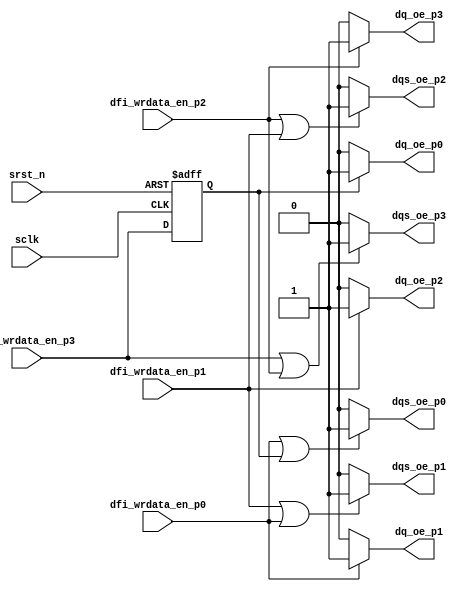
//OE STAYS HIGH FOR 1 EXTRA PHASE
module DQ_DQS_OE_GLUE_LOGIC (
    input  sclk,
    input  srst_n,
    input  dfi_wrdata_en_p0,
    input  dfi_wrdata_en_p1,
    input  dfi_wrdata_en_p2,
    input  dfi_wrdata_en_p3,
    output dq_oe_p0,
    output dq_oe_p1,
    output dq_oe_p2,
    output dq_oe_p3,
    output dqs_oe_p0,
    output dqs_oe_p1,
    output dqs_oe_p2,
    output dqs_oe_p3 ) ;

    parameter IOG_DQS_LANES = 9; // Number of Lanes

    reg dfi_wrdata_en_p3_reg;

    always @( posedge sclk or negedge srst_n )
    begin : wdata_en_registering
      if (!(srst_n))
      begin
        dfi_wrdata_en_p3_reg <= 0;
      end
      else
      begin
        dfi_wrdata_en_p3_reg <= dfi_wrdata_en_p3;
      end
    end

    assign dq_oe_p0  = (dfi_wrdata_en_p3_reg) ? (2**IOG_DQS_LANES)-1:'h0;
    assign dq_oe_p1  = (dfi_wrdata_en_p0)     ? (2**IOG_DQS_LANES)-1:'h0;
    assign dq_oe_p2  = (dfi_wrdata_en_p1)     ? (2**IOG_DQS_LANES)-1:'h0;
    assign dq_oe_p3  = (dfi_wrdata_en_p2)     ? (2**IOG_DQS_LANES)-1:'h0;

    assign dqs_oe_p0 = (dfi_wrdata_en_p0|dfi_wrdata_en_p3_reg) ? (2**IOG_DQS_LANES)-1:'h0;
    assign dqs_oe_p1 = (dfi_wrdata_en_p1|dfi_wrdata_en_p0)     ? (2**IOG_DQS_LANES)-1:'h0;
    assign dqs_oe_p2 = (dfi_wrdata_en_p2|dfi_wrdata_en_p1)     ? (2**IOG_DQS_LANES)-1:'h0;
    assign dqs_oe_p3 = (dfi_wrdata_en_p3|dfi_wrdata_en_p2)     ? (2**IOG_DQS_LANES)-1:'h0;

endmodule